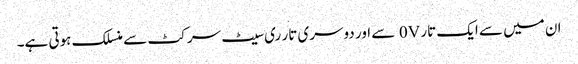
ان میں سے ایک تار 0V سے اور دوسری تار ری سیٹ سرکٹ سے منسلک ہوتی ہے۔